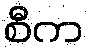
စီက